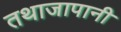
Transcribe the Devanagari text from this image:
तथाजापानी